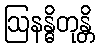
ဩနန္ဓိတုန္တိ